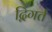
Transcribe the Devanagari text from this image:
द्विगर्त